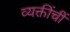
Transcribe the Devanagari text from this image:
व्यक्तींचीं